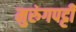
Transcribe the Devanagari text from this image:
मुरुंगपट्टी